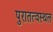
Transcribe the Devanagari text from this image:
पुरातत्वस्थल